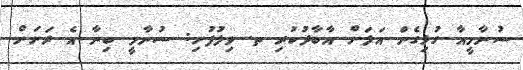
ސުނާމީއާ ގުޅިގެން އަލަށް އާބާދުކުރި ތ. ވިލުފުށި: ސުނާމީ ބިނާ އެ ރަށަށް